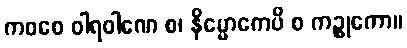
ကဝစေ ဝါရဝါဏေ စ၊ နိမ္မောကေပိ စ ကဉ္စုကော။